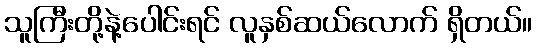
သူကြီးတို့နဲ့ပေါင်းရင် လူနှစ်ဆယ်လောက် ရှိတယ်။